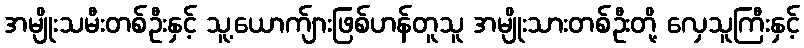
အမျိုးသမီးတစ်ဦးနှင့် သူ့ယောက်ျားဖြစ်ဟန်တူသူ အမျိုးသားတစ်ဦးတို့ လှေသူကြီးနှင့်